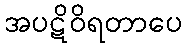
အပဋိဝိရတာပေ